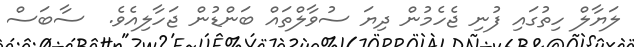
ލަޔާލް ހިތުގައި ފުނި ޖެހެމުން ދިޔަ ސުވާލްތައް ބަންޑުން ޖަހާލިއެވެ.  ސާބަސް